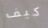
كيف